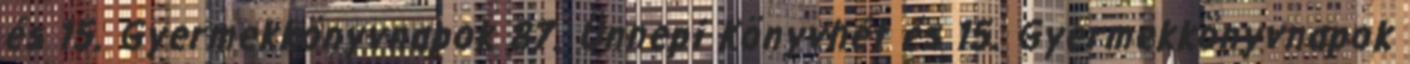
és 15. Gyermekkönyvnapok 87. Ünnepi Könyvhét és 15. Gyermekkönyvnapok